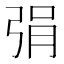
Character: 弲